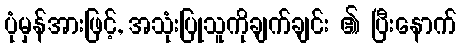
ပုံမှန်အားဖြင့်, အသုံးပြုသူကိုချက်ချင်း ၏ ပြီးနောက်